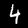
Label: 4